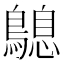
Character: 𪄛